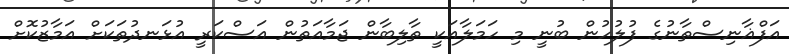
އަފްޣާނިސްތާނުގެ ފުލުހުން ބުނީ މި ހަމަލާއަކީ ތާލިބާން ޖަމާއަތުން އަސްކަރީ އުޅަނދުތަކަށް އަމާޒުކޮށް